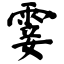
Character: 霎